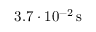
3 . 7 \cdot 1 0 ^ { - 2 } \, \mathrm { s }